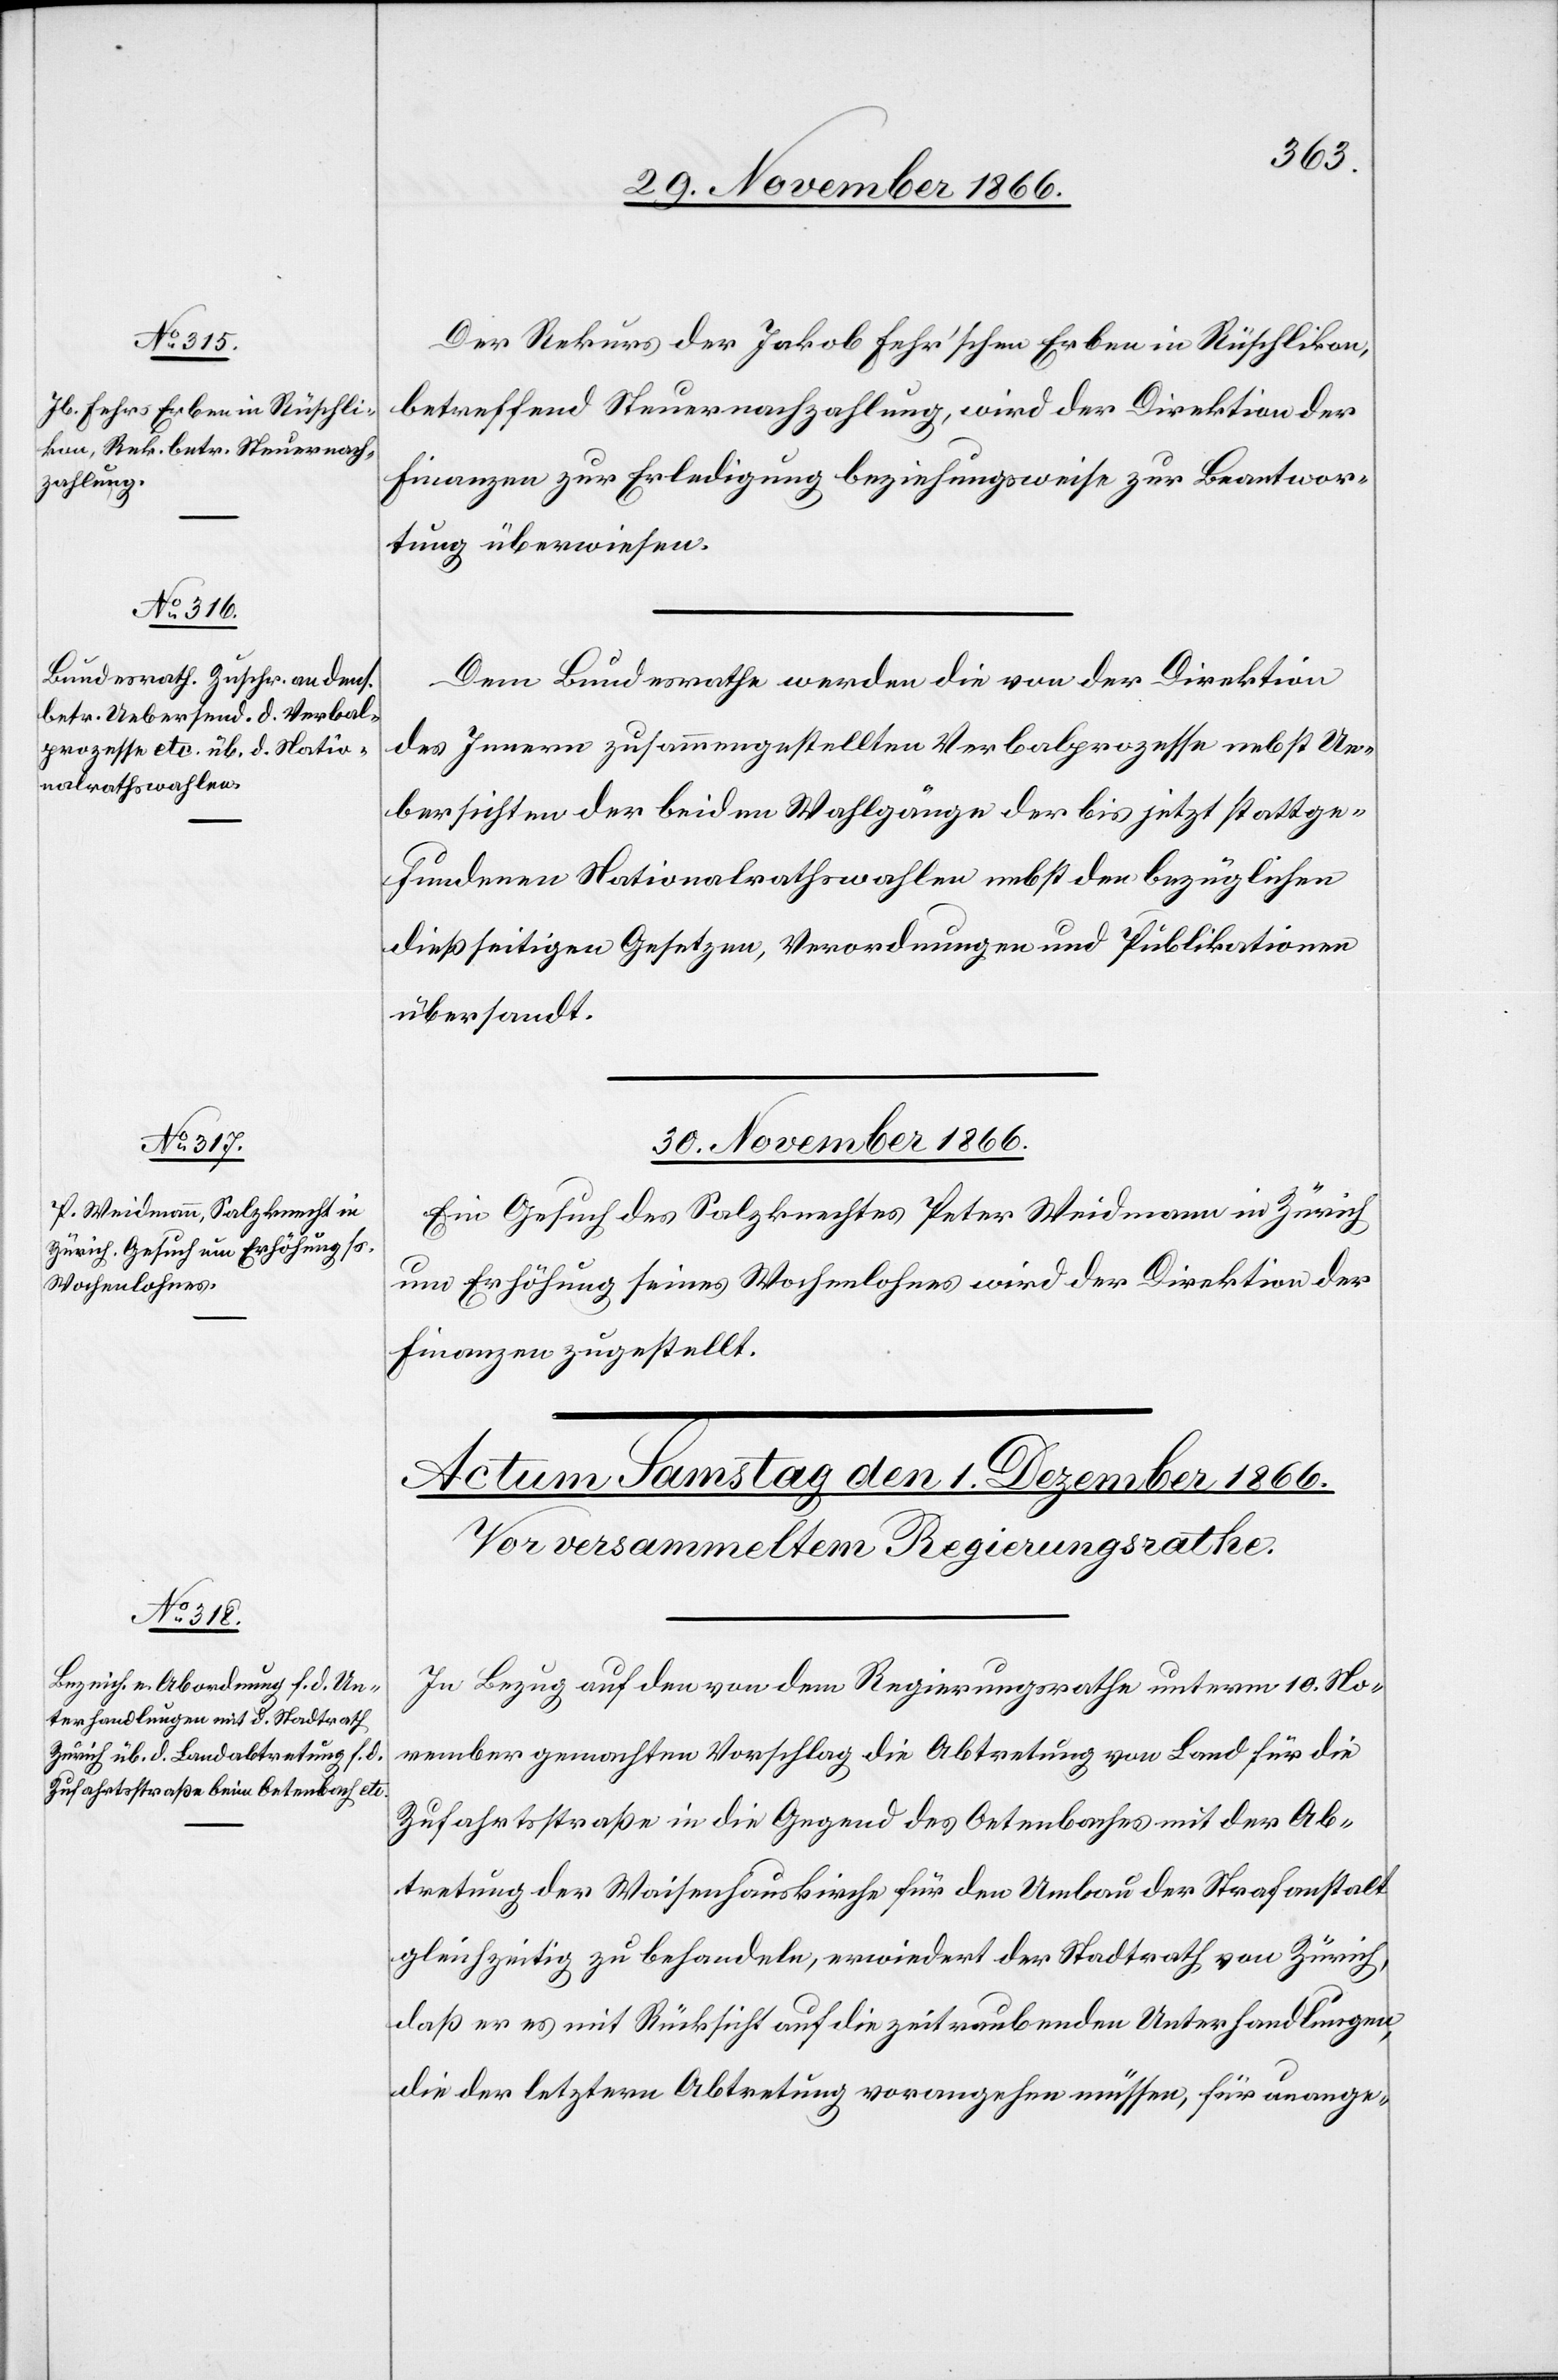
29. November 1866.]
Der Rekurs der Jakob Fehr’schen Erben in Rüschlikon,
betreffend Steuernachzahlung, wird der Direktion der
Finanzen zur Erledigung beziehungsweise zur Beantwor¬
tung überwiesen.
Dem Bundesrathe werden die von der Direktion
des Innern zusammengestellten Verbalprozesse nebst Ue¬
bersichten der beiden Wahlgänge der bis jetzt stattge¬
fundenen Nationalrathswahlen nebst den bezüglichen
dießseitigen Gesetzen, Verordnungen und Publikationen
übersandt.
30. November 1866.
Ein Gesuch des Salzknechtes Peter Weidmann in Zürich
um Erhöhung seines Wochenlohnes wird der Direktion der
Finanzen zugestellt.
In Bezug auf den von dem Regierungsrathe unterm 10. No¬
vember gemachten Vorschlag, die Abtretung von Land für die
Zufahrtsstraße in die Gegend des Oetenbaches mit der Ab¬
tretung der Waisenhauskirche für den Umbau der Strafanstalt
gleichzeitig zu behandeln, erwiedert der Stadtrath von Zürich,
daß er es mit Rücksicht auf die zeitraubenden Unterhandlungen,
die der letztern Abtretung vorangehen müssen, zu unange-